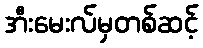
အီးမေးလ်မှတစ်ဆင့်